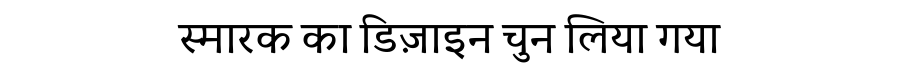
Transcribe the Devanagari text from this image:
स्मारक का डिज़ाइन चुन लिया गया